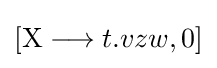
[\mathrm {X} \longrightarrow t.vzw,0]